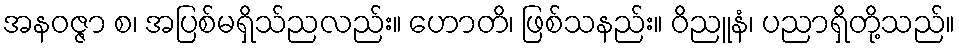
အနဝဇ္ဇာ စ၊ အပြစ်မရှိသ်ညလည်း။ ဟောတိ၊ ဖြစ်သနည်း။ ဝိညူနံ၊ ပညာရှိတို့သည်။